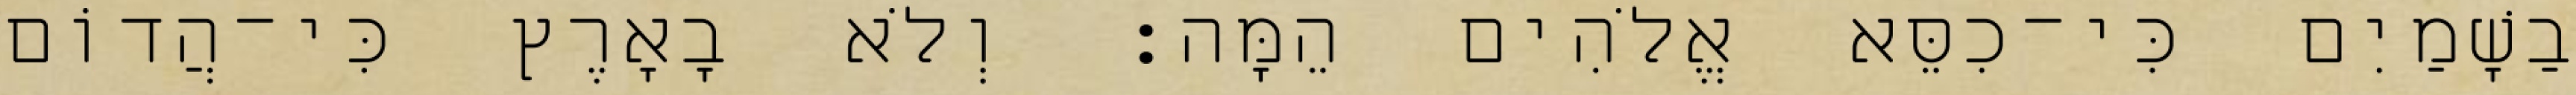
בַשָׁמַיִם כִּי־כִסֵּא אֱלֹהִים הֵמָּה׃ וְלֹא בָאָרֶץ כִּי־הֲדוֹם